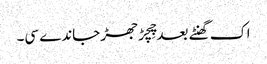
اک گھنٹے بعد چِچڑ جھڑ جاندے سی۔